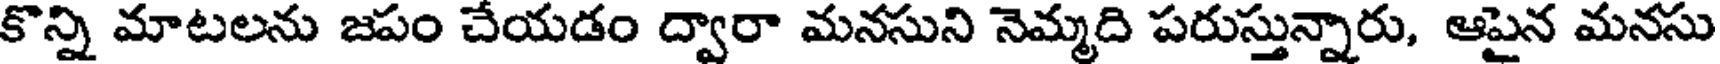
కొన్ని మాటలను జపం చేయడం ద్వారా మనసుని నెమ్మది పరుస్తున్నారు, ఆపైన మనసు